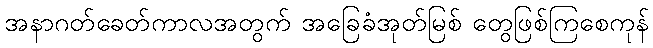
အနာဂတ်ခေတ်ကာလအတွက် အခြေခံအုတ်မြစ် တွေဖြစ်ကြစေကုန်